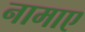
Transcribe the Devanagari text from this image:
नामाए